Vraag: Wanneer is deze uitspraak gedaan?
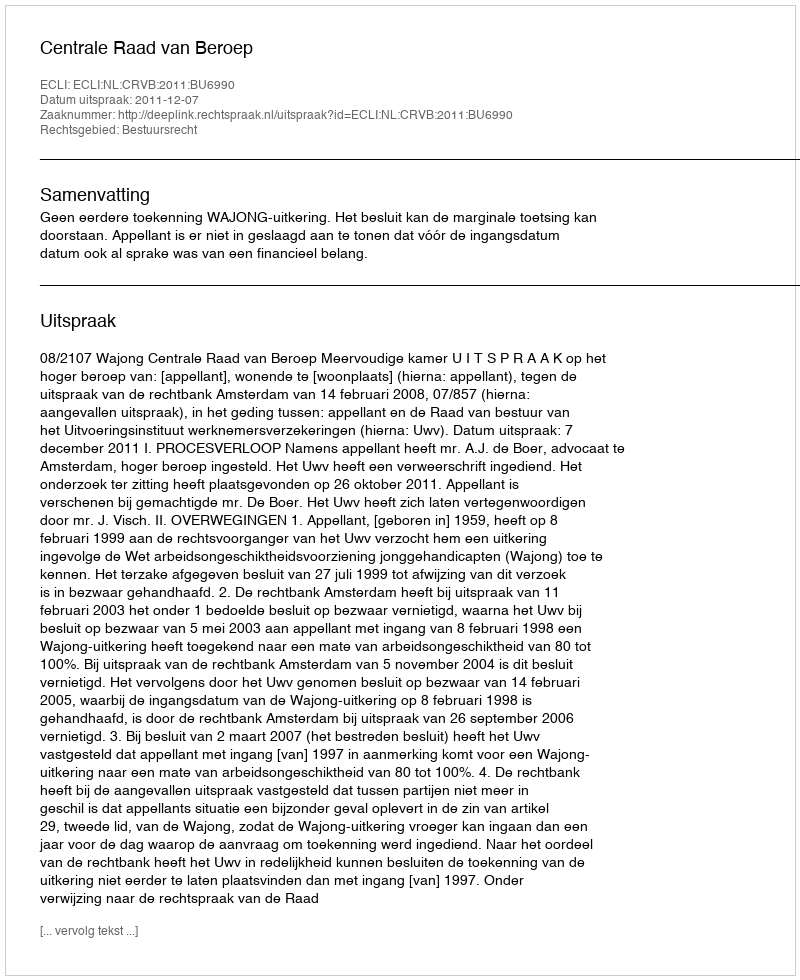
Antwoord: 2011-12-07